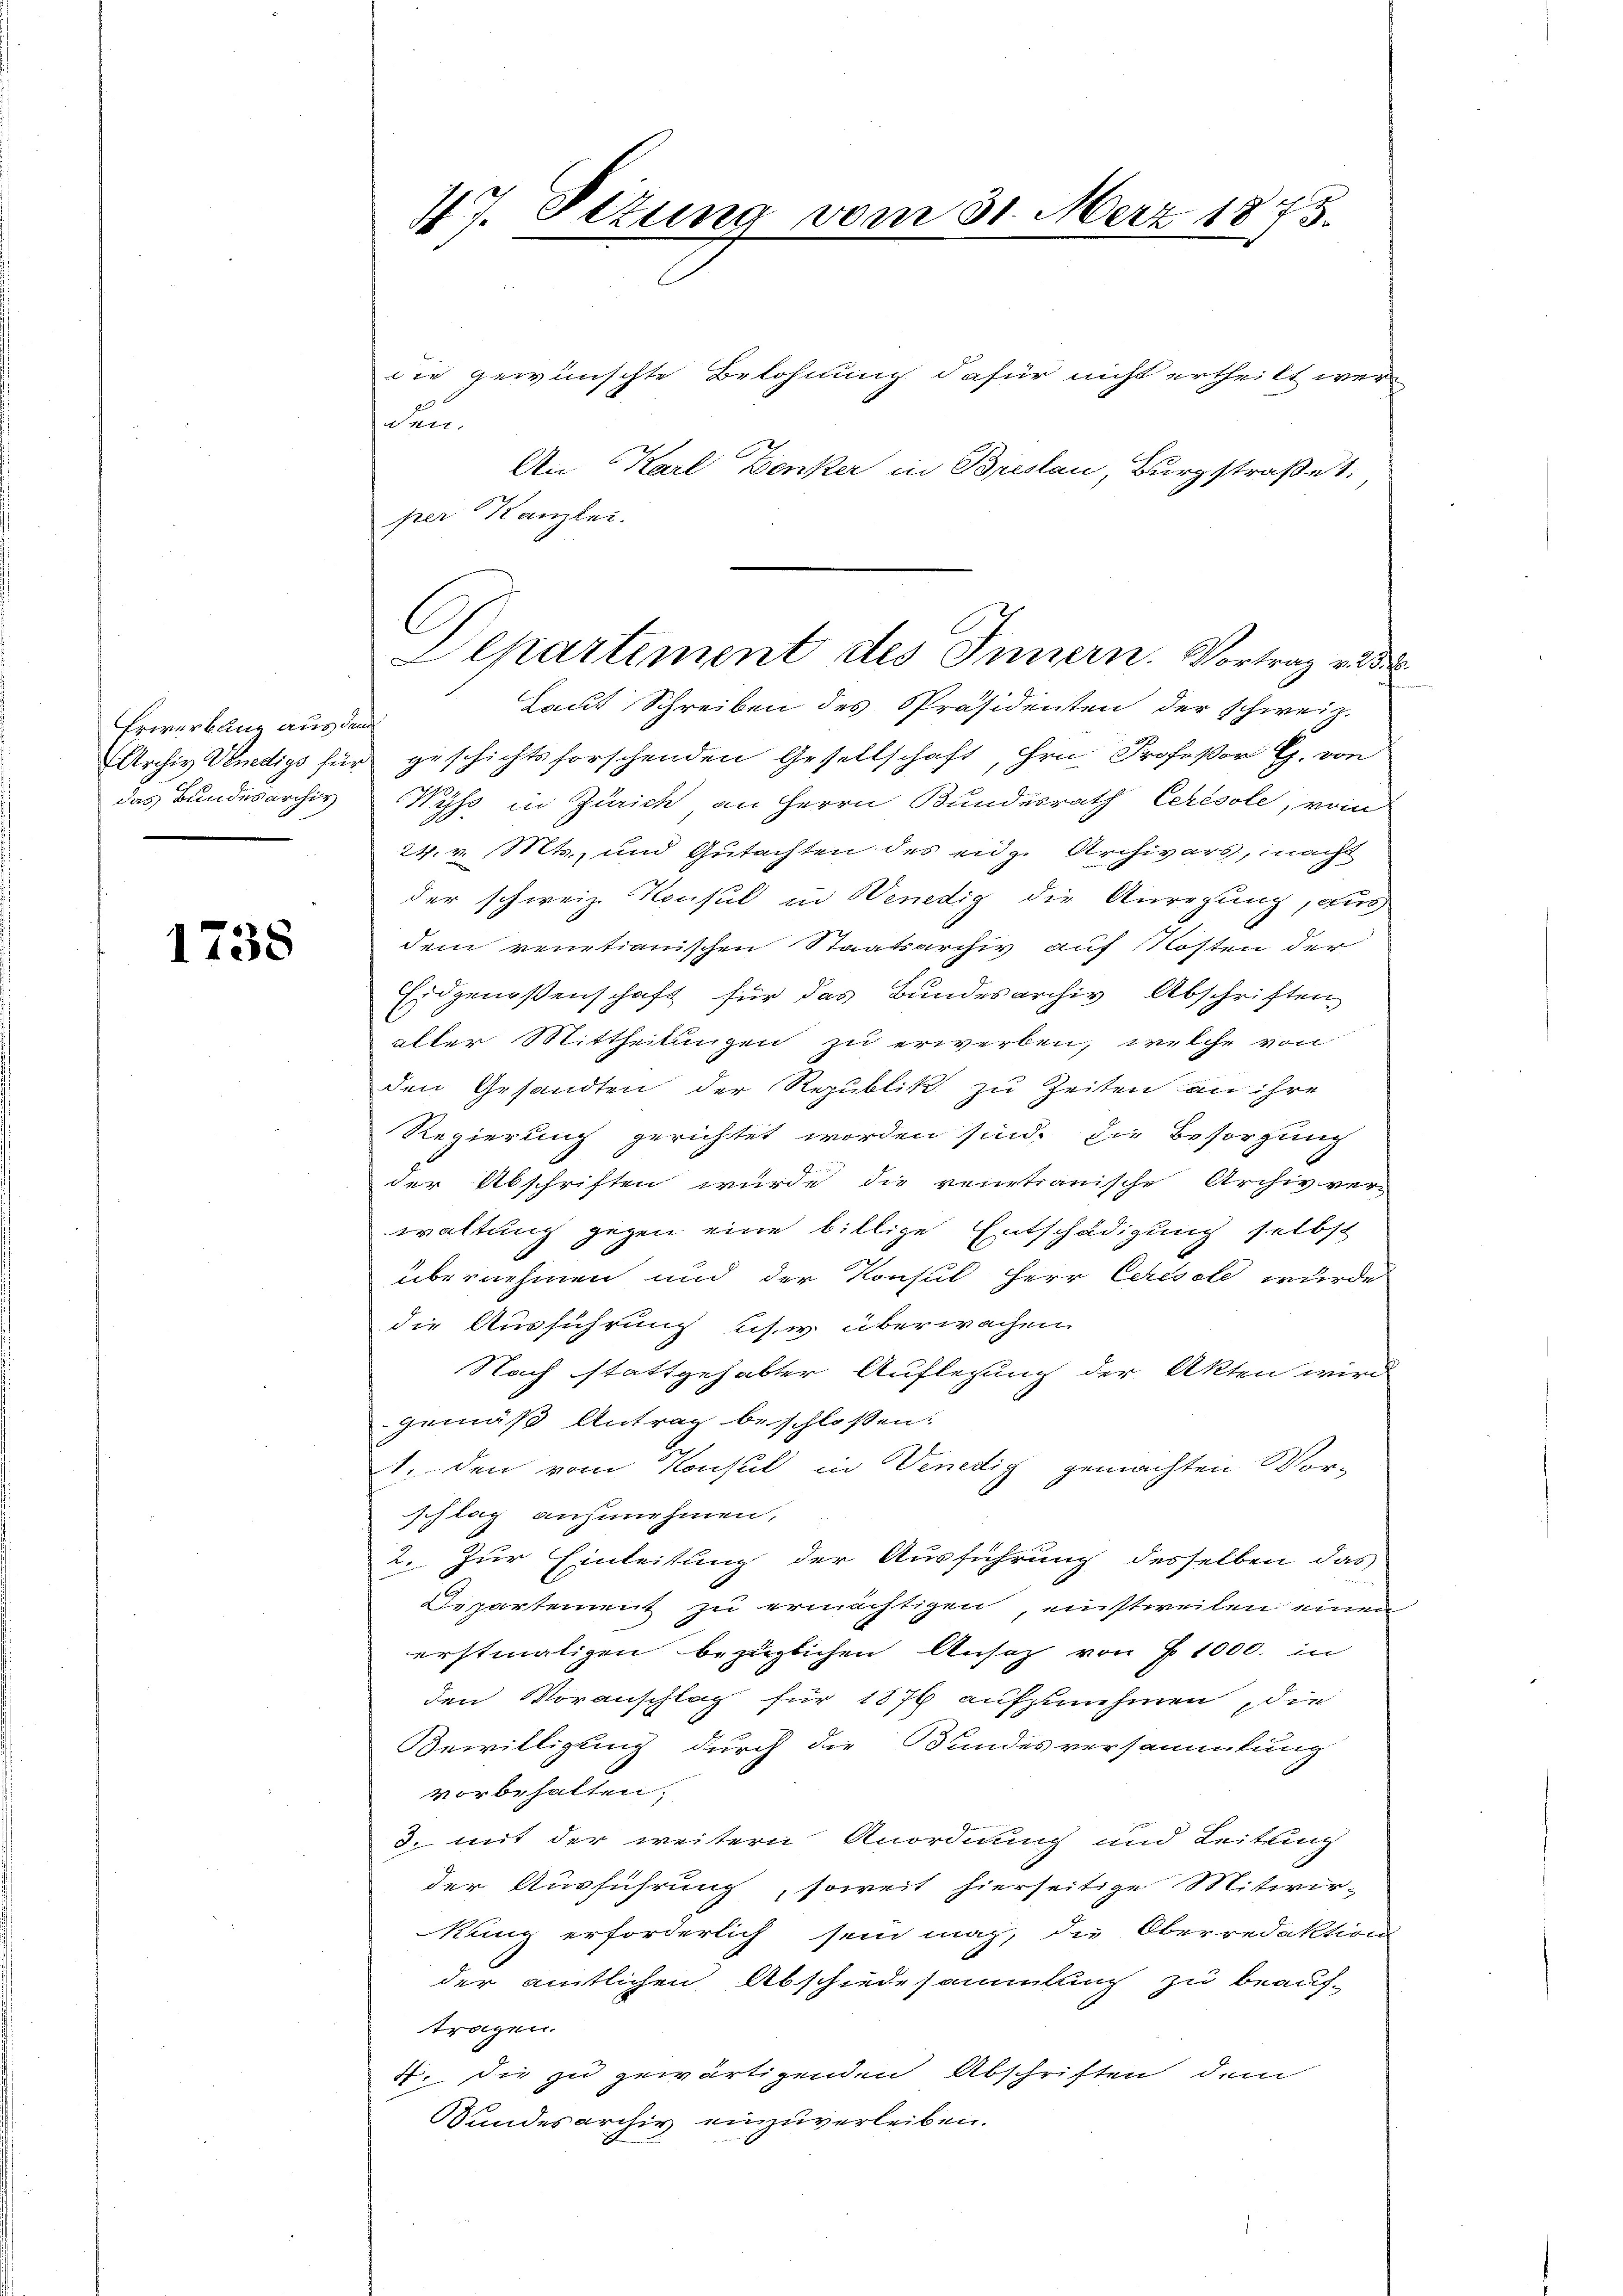
Erwerbung aus dem
Archiv Venedigs für
das Bundesarchiv

1738

47. Petung vom 31. März 1873.

die gewünschte Belohnung dafür nicht ertheilt wer
den
An Karl Denker in Breslau, Burgstraße 1.
per Kanzlei.
Laut Schreiben des Präsidenten der schweiz.
dgeschichtsforschenden Gesellschaft, ihre Profeßor G. von
Wyss in Zürich an Herrn Bundesrath Cerésole, vom
24. v. Mts., und Gutachten des eidg. Archivars, nacht
der schweiz. Konsul in Venedig die Anregung, aus
dem venetianischen Staatsarchiv auf Kosten der
Eidgenossenschaft für das Bundesarchiv Abschriften
alter Mittheilungen zu erwerben, welche von
den Gesandten der Republik zu Zeiten an ihre
Regierung gerichtet worden sind, die Besorgung
der Abschriften wurde die venetianische Archiv ver-
waltung gegen eine billige Entschädigung selbst
übernehmen und der Konsul Herr Ceresele wurde
die Ausführung schw. überwachen.
Nach stattgehabter Auflegung der Akten wird
gemäß Antrag beschloßen:
1. den vom Konsul in Venedig gemachten Vor-
schlag anzunehmen,
2. Zur Einleitung der Ausführung desselben das
Departement zu ermächtigen, einstweilen einen
erstmaligen bezüglichen Ansatz von § 1000. in
den Voranschlag für 1876 aufzunehmen die
Bewilligung durch die Bundesversammlung
vorbehalten.
3. mit der weitern Anordnung und Leitung
der Ausführung, soweit hierseitige Mitwir-
kung erforderlich sein mag, die Oberredaktions-
der amtlichen Abschiedesammlung zu beauf-
tragen.
4. die zu gewärtigenden Abschriften dem
Wundesarchiv einzuverleiben.

Departement des Innern. Vortrag end